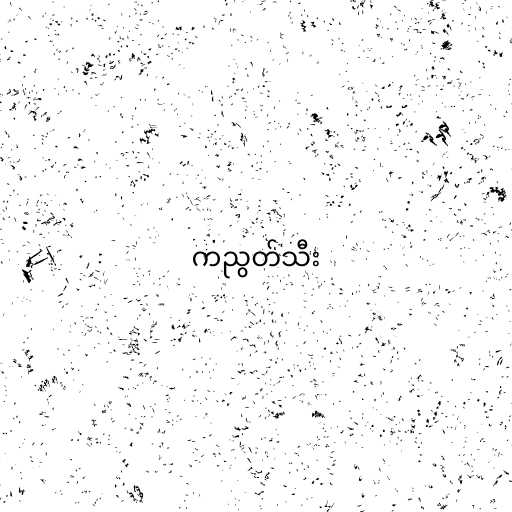
ကညွတ်သီး